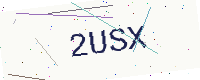
Text: 2USX